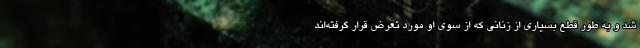
شد و به طور قطع بسياري از زناني كه از سوی او مورد تعرض قرار گرفته‌اند